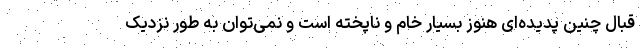
قبال چنین پدیده‌ای هنوز بسیار خام و ناپخته است و نمی‌توان به طور نزدیک